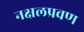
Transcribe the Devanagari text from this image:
नक्षलप्रवण